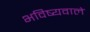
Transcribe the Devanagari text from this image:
भविष्यवाले